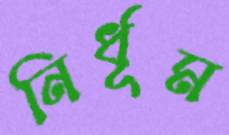
নির্ধূম